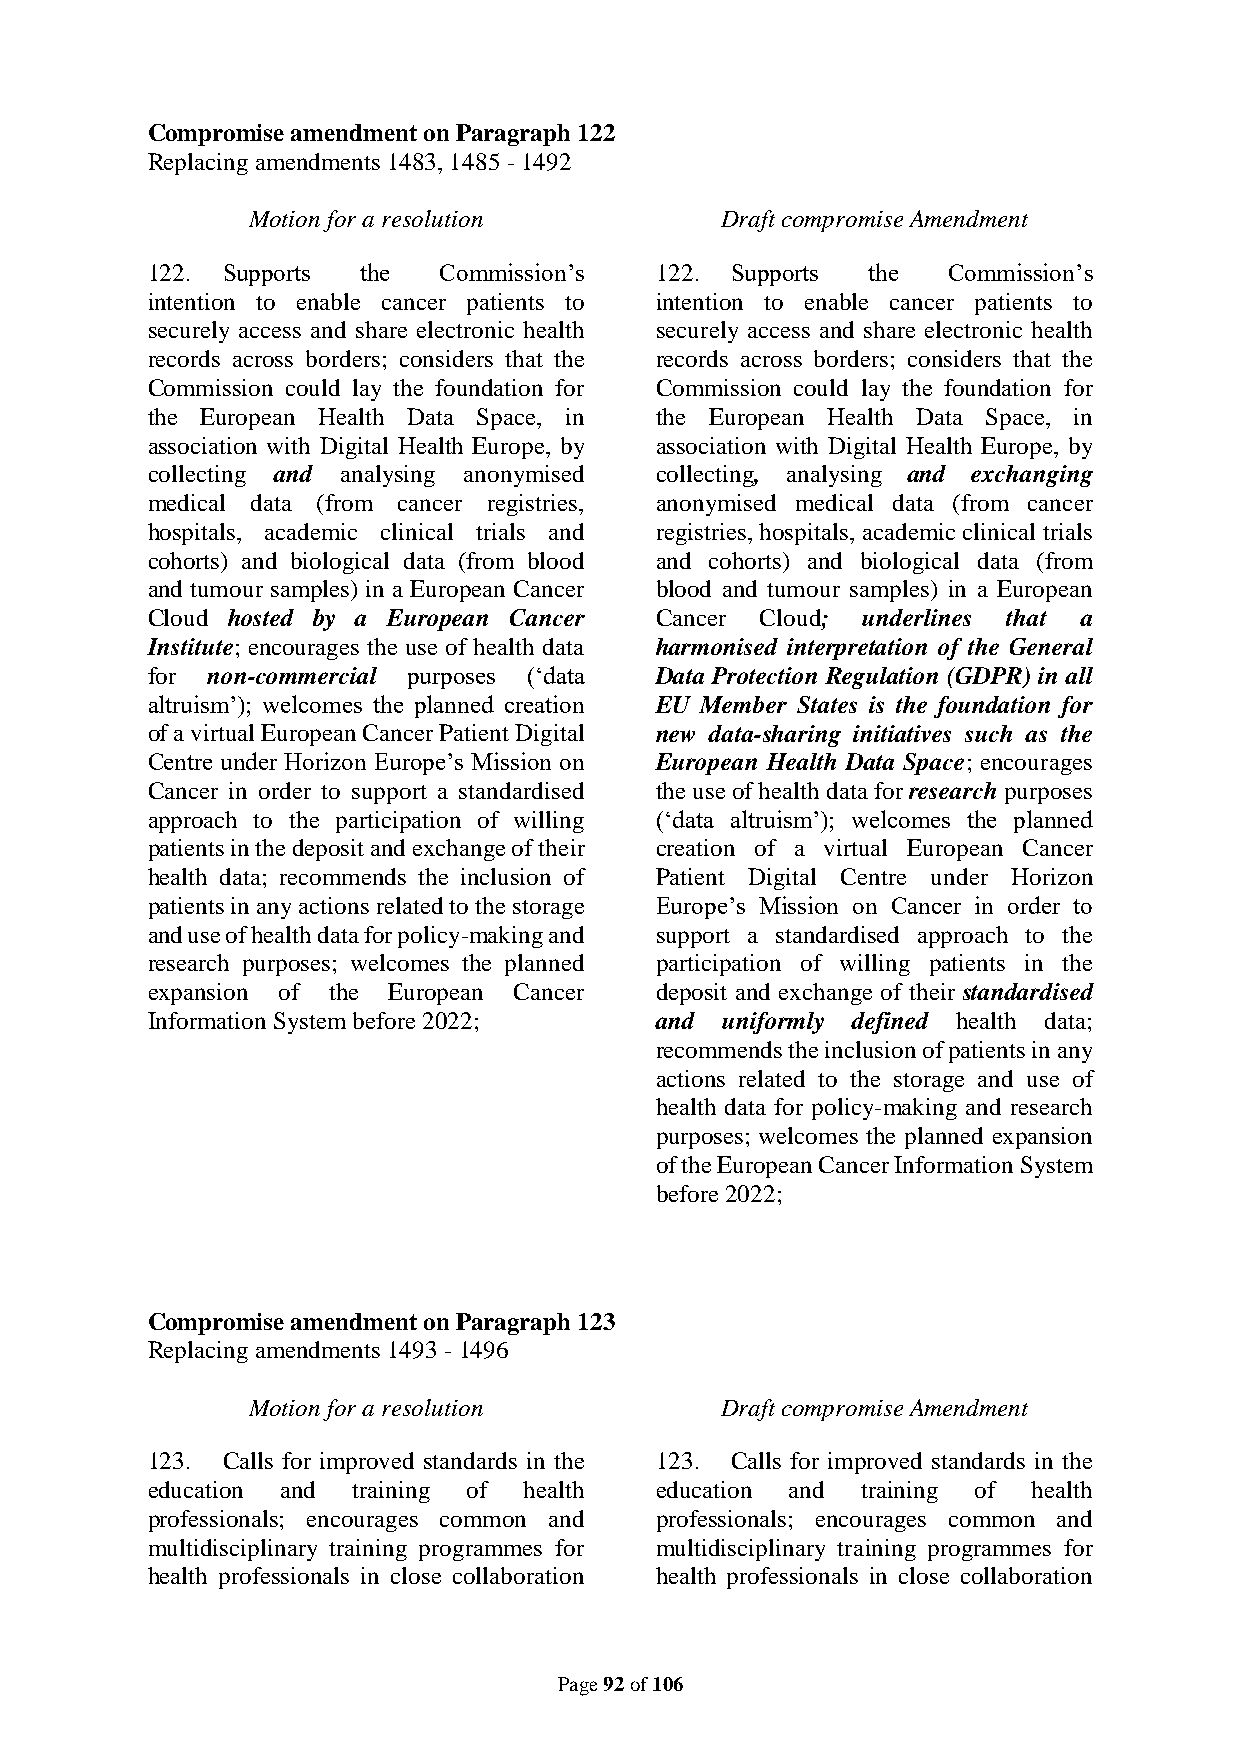
Compromise amendment on Paragraph 122
 Replacing amendments 1483, 1485 - 1492
 Motion for a resolution         Draft compromise Amendment
 122. Supports the  Commission’s  122. Supports  the  Commission’s
 intention to enable cancer patients to intention to enable cancer patients to
 securely access and share electronic health securely access and share electronic health
 records across borders; considers that the records across borders; considers that the
 Commission could lay the foundation for Commission could lay the foundation for
 the European Health Data Space, in the European Health Data Space, in
 association with Digital Health Europe, by association with Digital Health Europe, by
 collecting and analysing anonymised collecting, analysing and exchanging
 medical data (from cancer registries, anonymised medical data (from cancer
 hospitals, academic clinical trials and registries, hospitals, academic clinical trials
 cohorts) and biological data (from blood and cohorts) and biological data (from
 and tumour samples) in a European Cancer blood and tumour samples) in a European
 Cloud hosted by a European Cancer Cancer Cloud; underlines that a
 Institute; encourages the use of health data harmonised interpretation of the General
 for non-commercial purposes (‘data Data Protection Regulation (GDPR) in all
 altruism’); welcomes the planned creation EU Member States is the foundation for
 of a virtual European Cancer Patient Digital new data-sharing initiatives such as the
 Centre under Horizon Europe’s Mission on European Health Data Space; encourages
 Cancer in order to support a standardised the use of health data for research purposes
 approach to the participation of willing (‘data altruism’); welcomes the planned
 patients in the deposit and exchange of their creation of a virtual European Cancer
 health data; recommends the inclusion of Patient Digital Centre under Horizon
 patients in any actions related to the storage Europe’s Mission on Cancer in order to
 and use of health data for policy-making and support a standardised approach to the
 research purposes; welcomes the planned participation of willing patients in the
 expansion of the European Cancer deposit and exchange of their standardised
 Information System before 2022;  and  uniformly defined health data;
 recommends the inclusion of patients in any
 actions related to the storage and use of
 health data for policy-making and research
 purposes; welcomes the planned expansion
 of the European Cancer Information System
 before 2022;
 Compromise amendment on Paragraph 123
 Replacing amendments 1493 - 1496
 Motion for a resolution         Draft compromise Amendment
 123. Calls for improved standards in the 123. Calls for improved standards in the
 education and training of health education and training of health
 professionals; encourages common and professionals; encourages common and
 multidisciplinary training programmes for multidisciplinary training programmes for
 health professionals in close collaboration health professionals in close collaboration
 Page 92 of 106